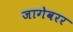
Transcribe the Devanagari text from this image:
जागेवरर